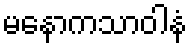
မနောကသာဝါနံ